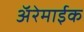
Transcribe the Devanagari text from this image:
अॅरेमाईक